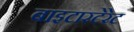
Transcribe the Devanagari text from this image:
बाइटारटेरेट